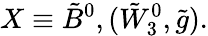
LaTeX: X\equiv{\tilde{B}^{0}},({\tilde{W}_{3}^{0}},{\tilde{g}}).